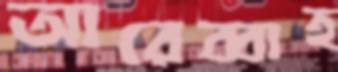
আরেব্বাহ